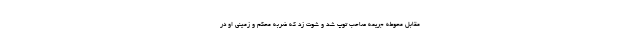
مقابل محوطه جریمه صاحب توپ شد و شوت زد که ضربه محکم و زمینی او در